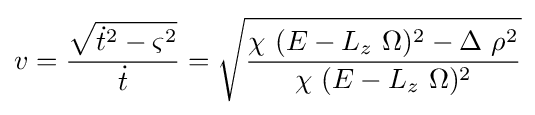
v={\frac {\sqrt {{\dot {t}}^{2}-\varsigma ^{2}}}{\dot {t}}}={\sqrt {\frac {\chi \ (E-L_{z}\ \Omega )^{2}-\Delta \ \rho ^{2}}{\chi \ (E-L_{z}\ \Omega )^{2}}}}